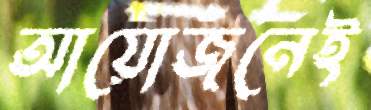
আয়োজনেই